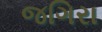
જગિરા